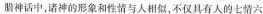
腊神话中，诸神的形象和性情与人相似，不仅具有人的七情六